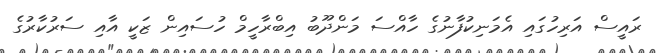
ރައީސް އަރިހުގައި އެމަނިކުފާނުގެ ހާއްސަ މަންދޫބު އިބްރާހީމް ހުސައިން ޒަކީ އާއި ސަރުކާރުގެ